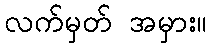
လက်မှတ် အမှား။